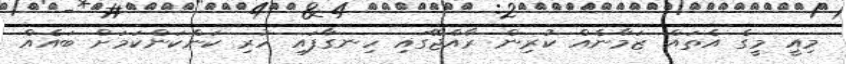
މިއީ މީގެ އެތައް ޒަމާނެއް ކުރިން ރާއްޖޭގައި ހިނގާފައި ހުރި ކަންކަންކަމަށް ބައެއް